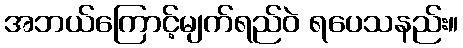
အဘယ်ကြောင့်မျက်ရည်ဝဲ ရပေသနည်း။